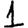
Digit: 1